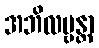
အဘိလမ္ဗန္တာ